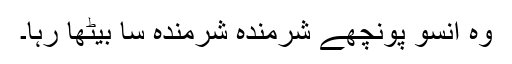
وہ آنسو پونچھے شرمندہ شرمندہ سا بیٹھا رہا۔